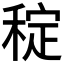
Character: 𥟐